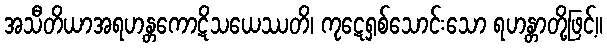
အသီတိယာအရဟန္တကောဋိသယေဿတိ၊ ကုဋေရှစ်သောင်းသော ရဟန္တာတို့ဖြင့်။